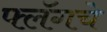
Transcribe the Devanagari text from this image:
फ्लॅगचे